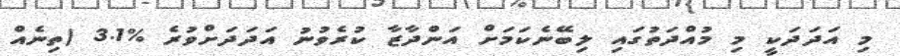
މި އަދަދަކީ މި މުއްދަތުގައި ލިބޭނެކަމަށް އަންދާޒާ ކުރެވުނު އަދަދަށްވުރެ %3.1 (ތިނެއް